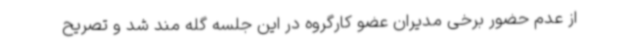
از عدم حضور برخی مدیران عضو کارگروه در این جلسه گله مند شد و تصریح